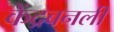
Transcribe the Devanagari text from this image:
केंद्रबनली